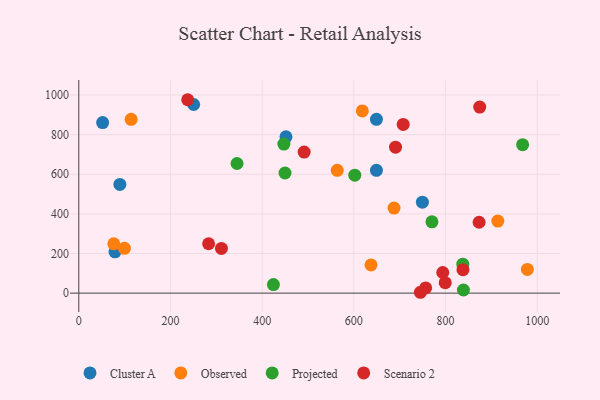
{"axis": {"x": "Experience", "y": "Salary"}, "legend": ["Cluster A", "Observed", "Projected", "Scenario 2"], "data": [{"x": "79.0", "y": 208.2, "type": "Cluster A"}, {"x": "649.3", "y": 876.9, "type": "Cluster A"}, {"x": "89.6", "y": 548.7, "type": "Cluster A"}, {"x": "52.0", "y": 860.9, "type": "Cluster A"}, {"x": "452.0", "y": 788.9, "type": "Cluster A"}, {"x": "250.6", "y": 951.8, "type": "Cluster A"}, {"x": "749.6", "y": 459.1, "type": "Cluster A"}, {"x": "649.3", "y": 619.6, "type": "Cluster A"}, {"x": "99.6", "y": 226.2, "type": "Observed"}, {"x": "637.5", "y": 142.1, "type": "Observed"}, {"x": "978.6", "y": 119.6, "type": "Observed"}, {"x": "114.2", "y": 877.0, "type": "Observed"}, {"x": "914.1", "y": 363.7, "type": "Observed"}, {"x": "618.5", "y": 919.7, "type": "Observed"}, {"x": "76.4", "y": 248.8, "type": "Observed"}, {"x": "687.7", "y": 429.2, "type": "Observed"}, {"x": "563.8", "y": 619.7, "type": "Observed"}, {"x": "968.2", "y": 749.2, "type": "Projected"}, {"x": "449.9", "y": 606.2, "type": "Projected"}, {"x": "770.4", "y": 360.0, "type": "Projected"}, {"x": "839.1", "y": 15.7, "type": "Projected"}, {"x": "424.6", "y": 43.4, "type": "Projected"}, {"x": "602.1", "y": 595.1, "type": "Projected"}, {"x": "447.4", "y": 752.1, "type": "Projected"}, {"x": "837.7", "y": 146.1, "type": "Projected"}, {"x": "345.2", "y": 654.1, "type": "Projected"}, {"x": "707.7", "y": 851.3, "type": "Scenario 2"}, {"x": "283.2", "y": 249.3, "type": "Scenario 2"}, {"x": "799.4", "y": 52.7, "type": "Scenario 2"}, {"x": "874.6", "y": 939.0, "type": "Scenario 2"}, {"x": "691.0", "y": 736.4, "type": "Scenario 2"}, {"x": "311.2", "y": 225.5, "type": "Scenario 2"}, {"x": "794.0", "y": 104.1, "type": "Scenario 2"}, {"x": "756.7", "y": 26.5, "type": "Scenario 2"}, {"x": "873.3", "y": 357.7, "type": "Scenario 2"}, {"x": "237.6", "y": 976.0, "type": "Scenario 2"}, {"x": "491.6", "y": 711.8, "type": "Scenario 2"}, {"x": "838.1", "y": 118.5, "type": "Scenario 2"}, {"x": "745.2", "y": 4.3, "type": "Scenario 2"}]}